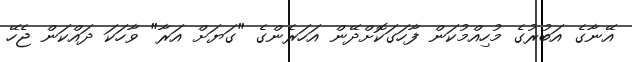
އޭނާގެ އަބުރުގެ މުހިއްމުކަން ފާހަގަކޮށްދޭން އަހަރެންގެ "ގަޔަށް އަރާ" ވާހަކަ ދައްކަން ޖެހޭ